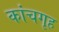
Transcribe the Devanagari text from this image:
कांचगृह